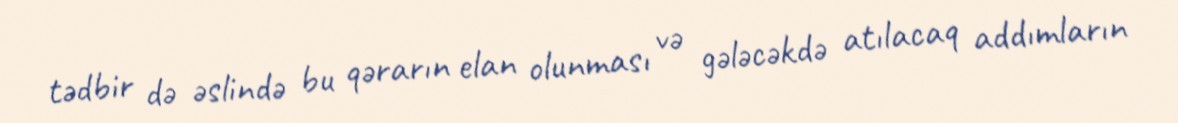
tədbir də əslində bu qərarın elan olunması və gələcəkdə atılacaq addımların